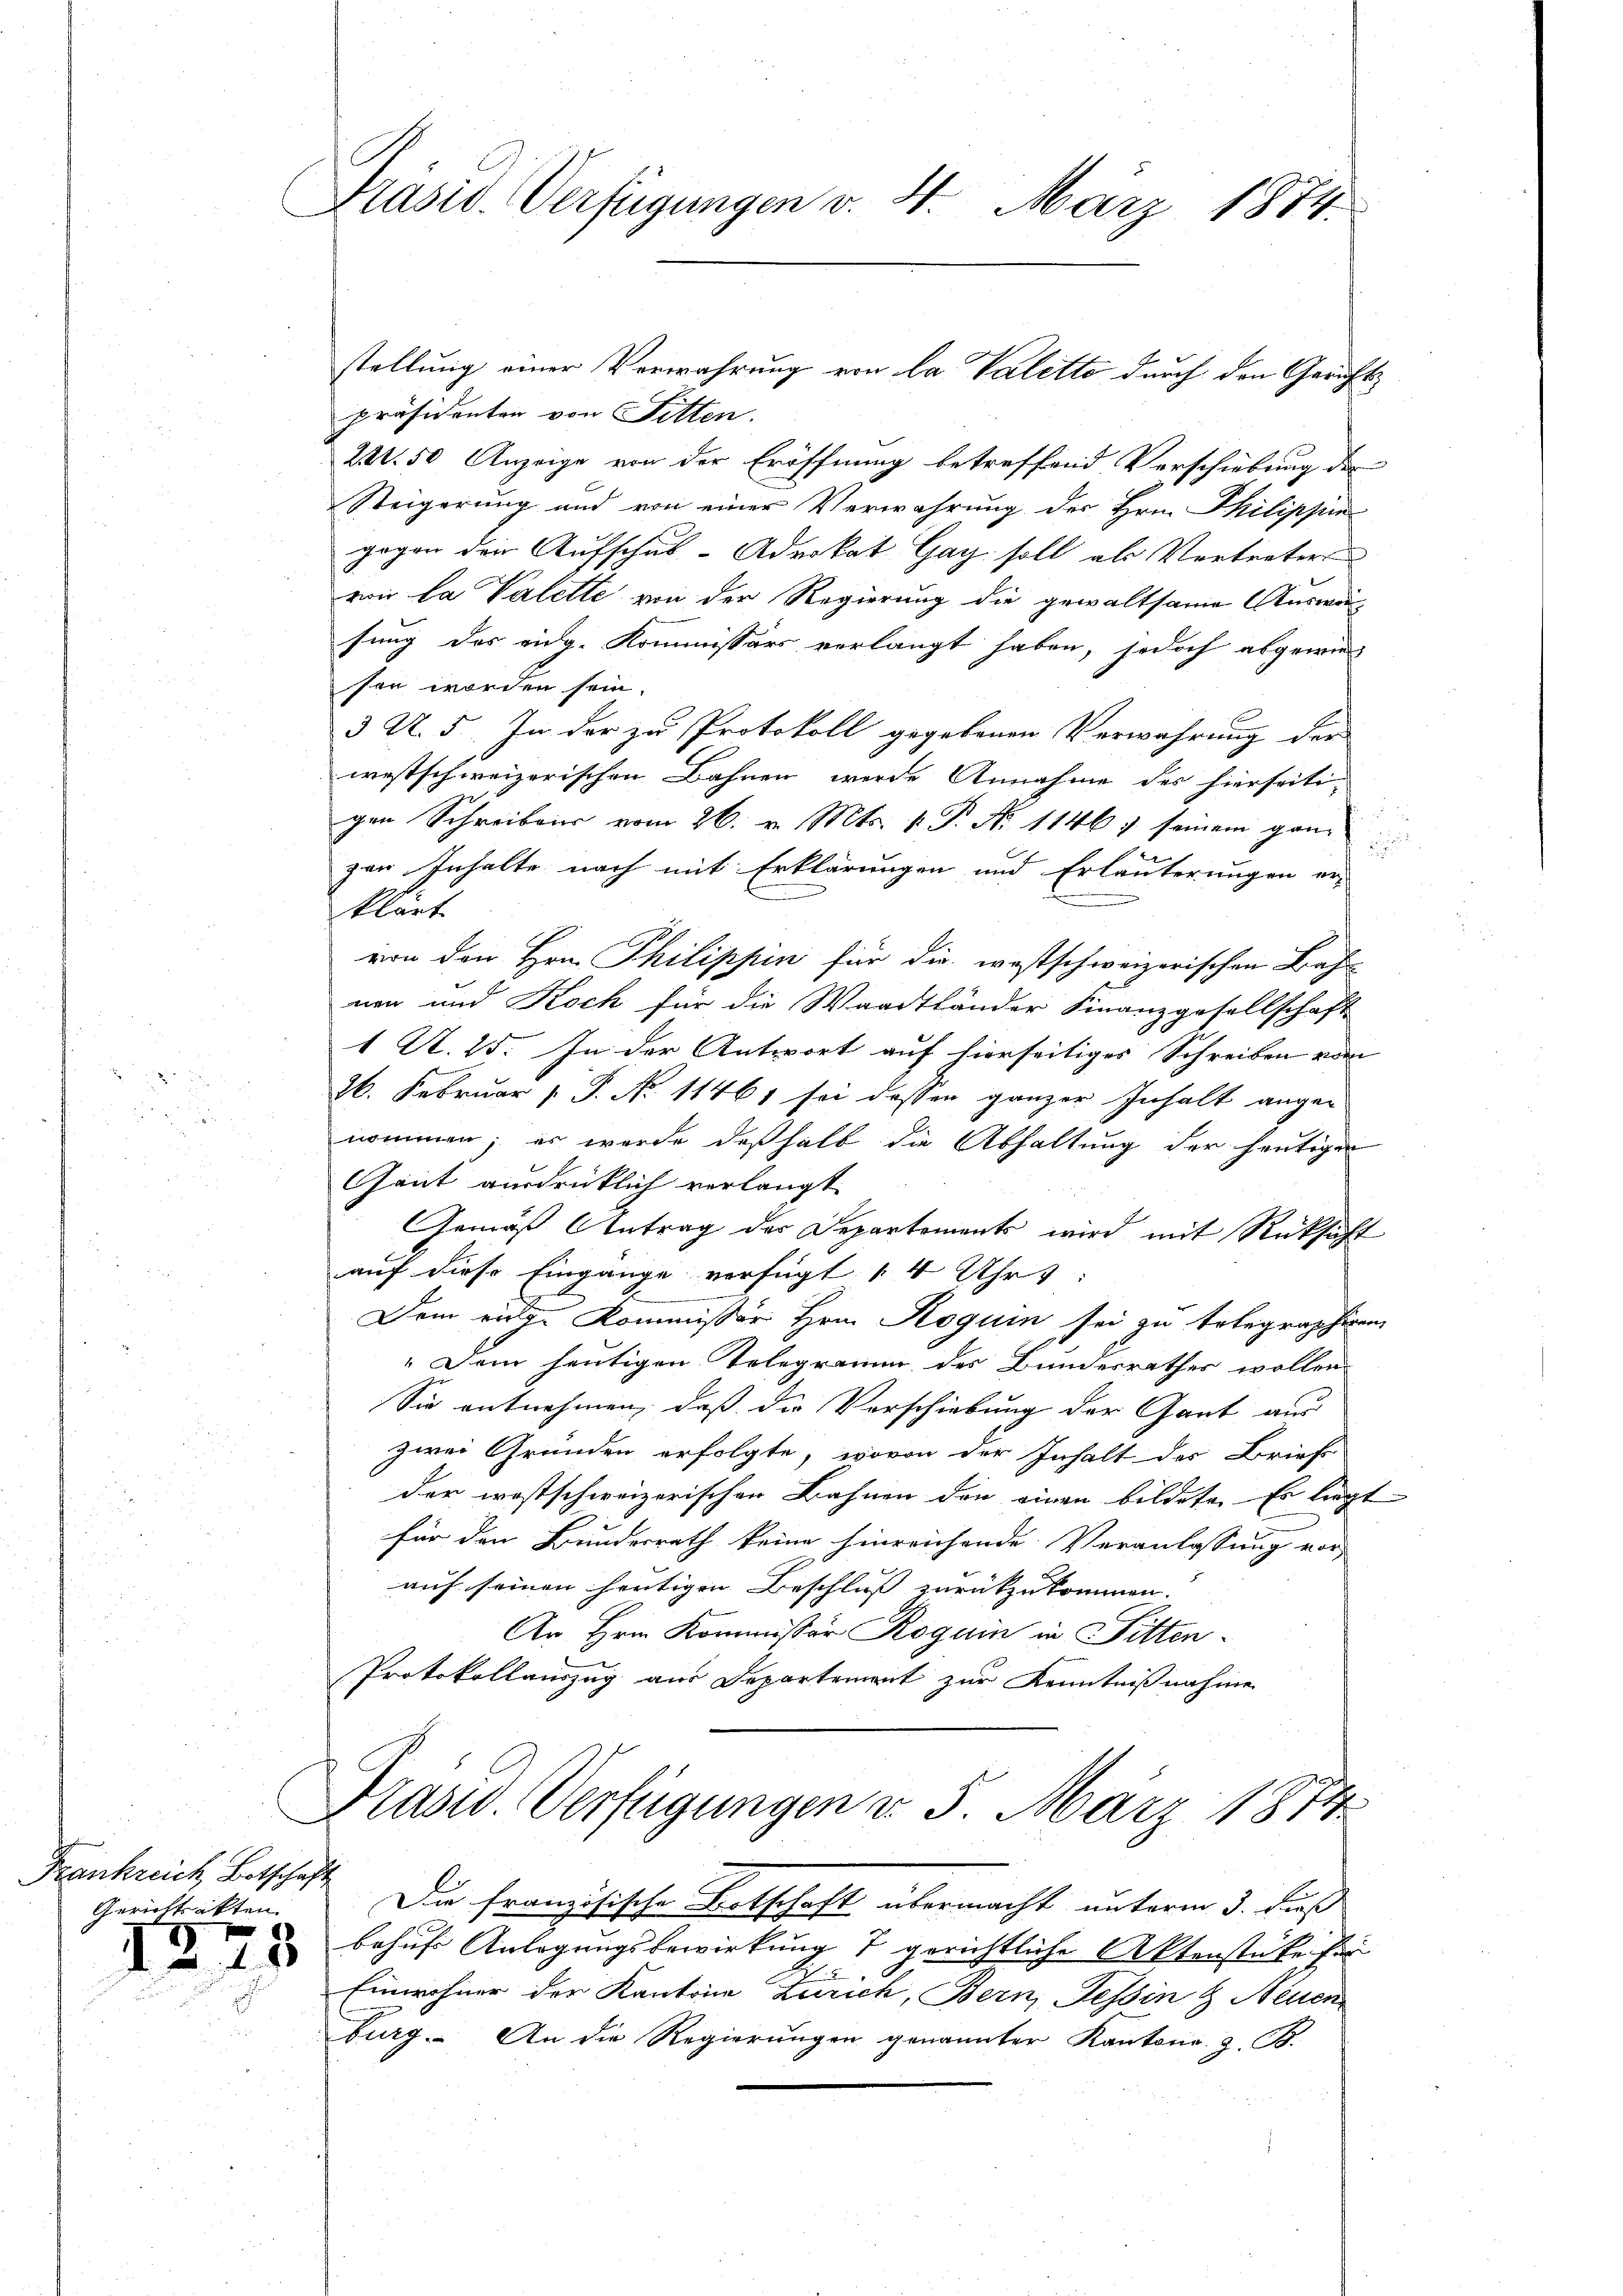
Frankreich Botschaft
Gerichtsakten

1273

Präsid. Verfügungen v. 4. März 1874.

präsidenten von Sitten.
241. 50 Anzeige von der Eröffnung betreffend Verschiebung der
Steigerung und von einer Verwahrung des Hrn. Philippin
gogen den Aufschus-Advokat Gag soll als Vertreters
vi la Valette von der Regierung die gewaltsame Auswärsung des eidg. Kommissärs verlangt haben, jedoch abgewie
sen worden sein.
3 U. 5. In der zu Protokoll gegebenen Verwahrung der
westschweizerischen Bahnen werde Annahme des hierseiti-
gen Schreibens vom 26. v. Mts. k. P. No 1146; seinem ganz

zer Inhalte nach mit Erklärungen und Erläuterungen er-
klärt
von den Hrn. Philippin für die westschweizerischen Bah
non und Koch für die Waadtländer Finanzgesellschaft
1 A. 15. In der Antwort auf hierseitiges Schreiben vom
26. Februar [ P. No 11461 sei dessen ganzer Inhalt ange-
nommen; es werde deßhalb die Abhaltung der heutigen
Gant ausdrücklich verlangt
Gemäß Antrag der Departements wird mit Rücksicht
auf diese Eingange verfügt 4 Uhr
Dem eige Kommissär Hrn. Roguin sei zu telegraphiren
„Dem heutigen Telegramm des Bundesrathes wollen
Sie entnehmen, daß die Verschiebung der Gant aus
zwei Gründen erfolgte, wovon der Inhalt des Brief
der westschweizerischen Bahnen den einen bildete. Es liegt
für den Bundesrath keine hinreichende Veranlassung vor
auf seinen heutigen Beschluss zurückzukommen.
An Hrn. Kommissär Roguin in Fitten¬
Protokollauszug aus Departement zur Kenntnißnahme
Präsid. Verfügungen v. 5. März 1874
Die französische Botschaft übermacht unterm 3. Fuß
behufs Anlagungsbewirkung 7 gerichtliche Aktenstüke für
2
Einwohner der Kantone Zürich, Bern, Tessin & Neuen
burg. An die Regierungen genannter Kantons z. B.

stellung einer Verwahrung von la Valette durch den Gerichts¬